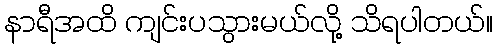
နာရီအထိ ကျင်းပသွားမယ်လို့ သိရပါတယ်။